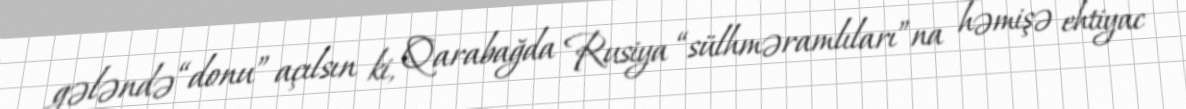
gələndə “donu” açılsın ki, Qarabağda Rusiya “sülhməramlıları”na həmişə ehtiyac